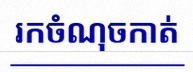
រកចំណុចកាត់